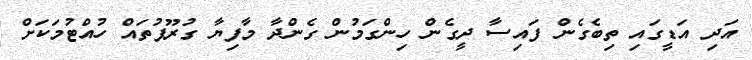
އަދި އަޑީގައި ތިބެގެން ފައިސާ ދީގެން ހިންގަމުން ގެންދާ މާފިޔާ ގުރޫޕުތައް ހުއްޓުމަކަށް